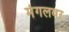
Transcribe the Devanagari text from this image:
मंगलवर